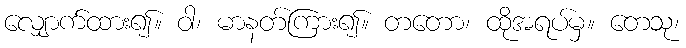
လျှောက်ထား၍။ ဝါ၊ မာနတ်ကြား၍။ တတော၊ ထိုအရပ်မှ။ တေသု၊